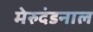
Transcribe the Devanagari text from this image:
मेरुदंडनाल